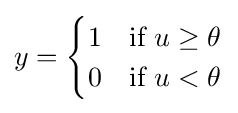
y={\begin{cases}1&{\text{if }}u\geq \theta \\0&{\text{if }}u<\theta \end{cases}}